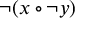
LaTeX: \lnot ( x \circ \lnot y )